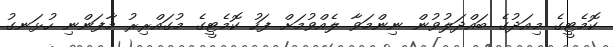
ކޮމެޓީގެ މިއަދުގެ ބައްދަލުވުން ނިންމަވާ ލެއްވުމަށް ފަހު ކޮމެޓީގެ މުގައްރިރު މާފަންނި ހުޅަނގު